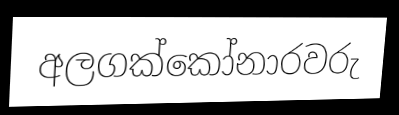
අලගක්කෝනාරවරු